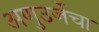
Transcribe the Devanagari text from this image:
अणुउर्जेचा